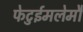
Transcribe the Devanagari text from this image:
फेटुईमलेमौ